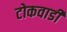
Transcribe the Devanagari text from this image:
टोकवाडी